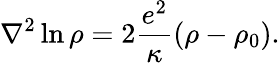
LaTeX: \nabla^{2}\ln\rho=2\frac{e^{2}}{\kappa}(\rho-\rho_{0}).